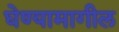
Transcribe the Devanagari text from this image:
घेण्यामागील